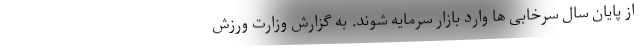
از پایان سال سرخابی ها وارد بازار سرمایه شوند. به گزارش وزارت ورزش